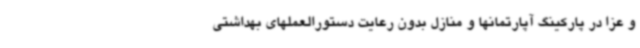
و عزا در پارکینگ آپارتمانها و منازل بدون رعایت دستورالعملهای بهداشتی